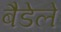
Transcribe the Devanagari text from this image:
बैडेले